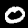
Digit: 0